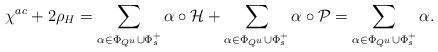
LaTeX: \begin{align*}\chi^{ac}+2\rho_H= \sum_{\alpha\in \Phi_{Q^u}\cup\Phi_s^+}\alpha\circ\mathcal{H}+\sum_{\alpha\in \Phi_{Q^u}\cup\Phi_s^+}\alpha\circ\mathcal{P}=\sum_{\alpha\in \Phi_{Q^u}\cup\Phi_s^+}\alpha.\end{align*}